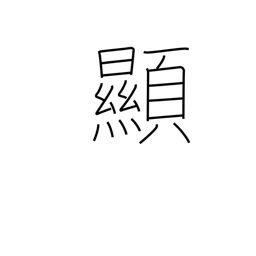
Meaning: evident